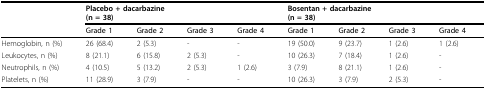
<table><thead><tr><td></td><td colspan="4"><b>Placebo + dacarbazine(n = 38)</b></td><td colspan="4"><b>Bosentan + dacarbazine(n = 38)</b></td></tr><tr><td></td><td><b>Grade 1</b></td><td><b>Grade 2</b></td><td><b>Grade 3</b></td><td><b>Grade 4</b></td><td><b>Grade 1</b></td><td><b>Grade 2</b></td><td><b>Grade 3</b></td><td><b>Grade 4</b></td></tr></thead><tbody><tr><td>Hemoglobin, n (%)</td><td>26 (68.4)</td><td>2 (5.3)</td><td>-</td><td>-</td><td>19 (50.0)</td><td>9 (23.7)</td><td>1 (2.6)</td><td>1 (2.6)</td></tr><tr><td>Leukocytes, n (%)</td><td>8 (21.1)</td><td>6 (15.8)</td><td>2 (5.3)</td><td>-</td><td>10 (26.3)</td><td>7 (18.4)</td><td>1 (2.6)</td><td>-</td></tr><tr><td>Neutrophils, n (%)</td><td>4 (10.5)</td><td>5 (13.2)</td><td>2 (5.3)</td><td>1 (2.6)</td><td>3 (7.9)</td><td>8 (21.1)</td><td>1 (2.6)</td><td>-</td></tr><tr><td>Platelets, n (%)</td><td>11 (28.9)</td><td>3 (7.9)</td><td>-</td><td>-</td><td>10 (26.3)</td><td>3 (7.9)</td><td>2 (5.3)</td><td>-</td></tr></tbody></table>